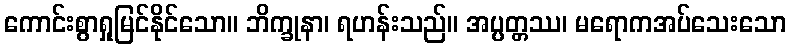
ကောင်းစွာရှုမြင်နိုင်သော။ ဘိက္ခုနာ၊ ရဟန်းသည်။ အပ္ပတ္တဿ၊ မရောကအပ်သေးသော